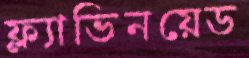
ফ্ল্যাভিনয়েড